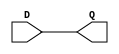
module latch16
    (   input wire [15:0] D,
		output reg [15:0] Q);

	always @ (D) 
        begin
            Q <= D;
	    end
endmodule